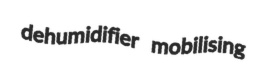
dehumidifier mobilising